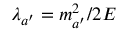
\lambda _ { a ^ { \prime } } = m _ { a ^ { \prime } } ^ { 2 } / 2 E